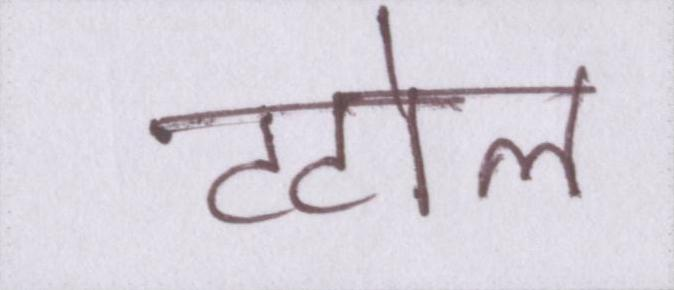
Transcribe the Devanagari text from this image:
टटोल